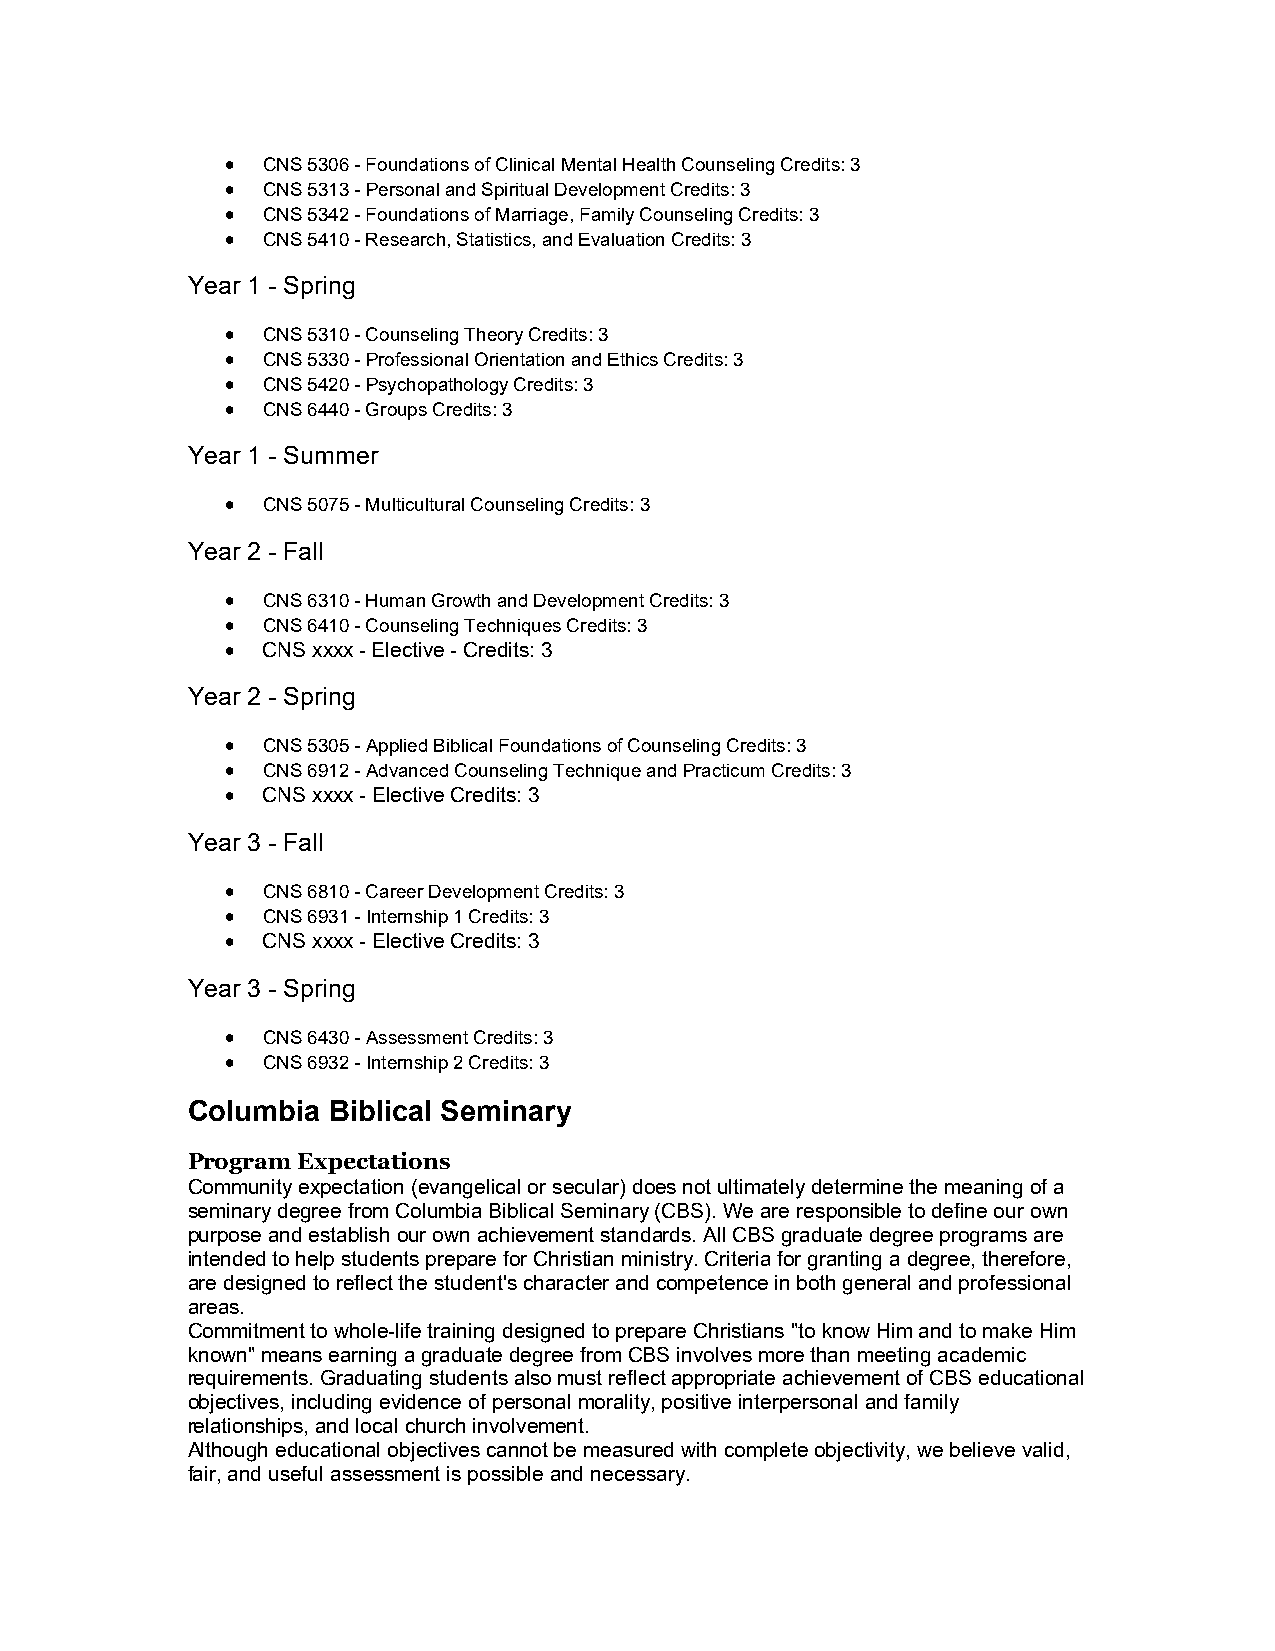
 CNS 5306 - Foundations of Clinical Mental Health Counseling Credits: 3
  CNS 5313 - Personal and Spiritual Development Credits: 3
  CNS 5342 - Foundations of Marriage, Family Counseling Credits: 3
  CNS 5410 - Research, Statistics, and Evaluation Credits: 3
 Year 1 - Spring
  CNS 5310 - Counseling Theory Credits: 3
  CNS 5330 - Professional Orientation and Ethics Credits: 3
  CNS 5420 - Psychopathology Credits: 3
  CNS 6440 - Groups Credits: 3
 Year 1 - Summer
  CNS 5075 - Multicultural Counseling Credits: 3
 Year 2 - Fall
  CNS 6310 - Human Growth and Development Credits: 3
  CNS 6410 - Counseling Techniques Credits: 3
  CNS xxxx - Elective - Credits: 3
 Year 2 - Spring
  CNS 5305 - Applied Biblical Foundations of Counseling Credits: 3
  CNS 6912 - Advanced Counseling Technique and Practicum Credits: 3
  CNS xxxx - Elective Credits: 3
 Year 3 - Fall
  CNS 6810 - Career Development Credits: 3
  CNS 6931 - Internship 1 Credits: 3
  CNS xxxx - Elective Credits: 3
 Year 3 - Spring
  CNS 6430 - Assessment Credits: 3
  CNS 6932 - Internship 2 Credits: 3
 Columbia  Biblical Seminary
 Program Expectations
 Community expectation (evangelical or secular) does not ultimately determine the meaning of a
 seminary degree from Columbia Biblical Seminary (CBS). We are responsible to define our own
 purpose and establish our own achievement standards. All CBS graduate degree programs are
 intended to help students prepare for Christian ministry. Criteria for granting a degree, therefore,
 are designed to reflect the student's character and competence in both general and professional
 areas.
 Commitment to whole-life training designed to prepare Christians "to know Him and to make Him
 known" means earning a graduate degree from CBS involves more than meeting academic
 requirements. Graduating students also must reflect appropriate achievement of CBS educational
 objectives, including evidence of personal morality, positive interpersonal and family
 relationships, and local church involvement.
 Although educational objectives cannot be measured with complete objectivity, we believe valid,
 fair, and useful assessment is possible and necessary.